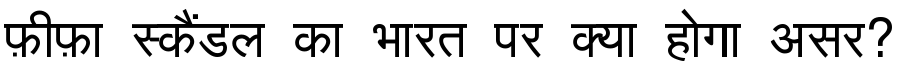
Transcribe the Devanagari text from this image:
फ़ीफ़ा स्कैंडल का भारत पर क्या होगा असर?